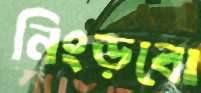
নিংড়বো